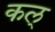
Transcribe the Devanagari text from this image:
कल्